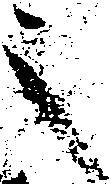
之